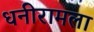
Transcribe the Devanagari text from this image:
धनीरामला